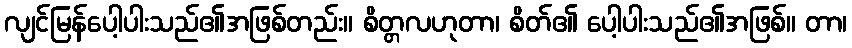
လျင်မြန်ပေါ့ပါးသည်၏အဖြစ်တည်း။ စိတ္တလဟုတာ၊ စိတ်၏ ပေါ့ပါးသည်၏အဖြစ်။ တာ၊